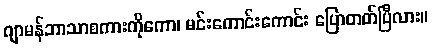
ဂျာမန်ဘာသာစကားကိုကော၊ မင်းကောင်းကောင်း ပြောတတ်ပြီလား။